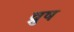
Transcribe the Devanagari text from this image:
व्रुष